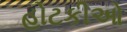
હોટકીઓ